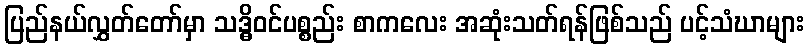
ပြည်နယ်လွှတ်တော်မှာ သဒ္ဓိဝင်ပစ္စည်း စာကလေး အဆုံးသတ်ရန်ဖြစ်သည် ပင့်သံဃာများ